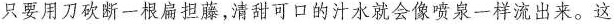
只要用刀砍断一根扁担藤，清甜可口的汁水就会像喷泉一样流出来。这